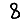
Digit: 8